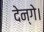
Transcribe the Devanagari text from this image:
देन्गे।